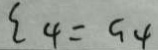
\varepsilon 4 = \zeta 4